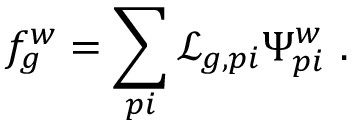
f _ { g } ^ { w } = \sum _ { p i } \mathcal { L } _ { g , p i } \Psi _ { p i } ^ { w } ~ .